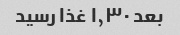
بعد ۱٫۳۰ غذا رسید